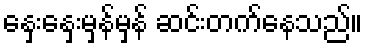
နှေးနှေးမှန်မှန် ဆင်းတက်နေသည်။